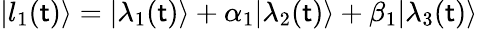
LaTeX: |l_{1}(\mathsf{t})\rangle=|\lambda_{1}(\mathsf{t})\rangle+\alpha_{1}|\lambda_{2}(\mathsf{t})\rangle+\beta_{1}|\lambda_{3}(\mathsf{t})\rangle